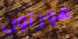
هورتون